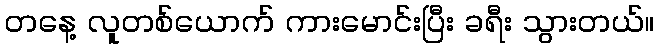
တနေ့ လူတစ်ယောက် ကားမောင်းပြီး ခရီး သွားတယ်။